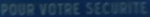
POUR VOTRE SECURITE